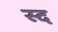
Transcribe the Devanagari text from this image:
स्द